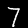
Digit: 7